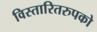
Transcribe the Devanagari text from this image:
विस्तारितरुपको